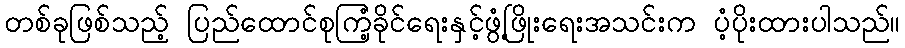
တစ်ခုဖြစ်သည့် ပြည်ထောင်စုကြံ့ခိုင်ရေးနှင့်ဖွံ့ဖြိုးရေးအသင်းက ပံ့ပိုးထားပါသည်။